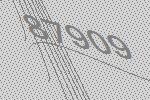
87909